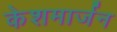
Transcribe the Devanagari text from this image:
केशमार्जन